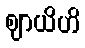
ဈာယိဟိ